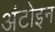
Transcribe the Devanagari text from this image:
अंटोइन